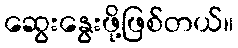
ဆွေးနွေးဖို့ဖြစ်တယ်။